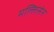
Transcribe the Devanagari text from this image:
मल्लिसेन